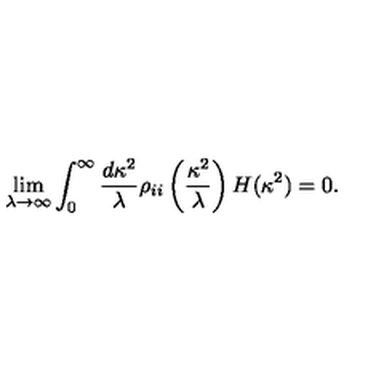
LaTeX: \lim _ { \lambda \rightarrow \infty } \int _ { 0 } ^ { \infty } \frac { d \kappa ^ { 2 } } { \lambda } \rho _ { i i } \left( \frac { \kappa ^ { 2 } } { \lambda } \right) H ( \kappa ^ { 2 } ) = 0 .